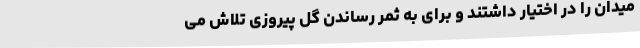
میدان را در اختیار داشتند و برای به ثمر رساندن گل پیروزی تلاش می